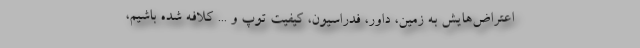
اعتراض‌هایش به زمین، داور، فدراسیون، کیفیت توپ و ... کلافه شده باشیم،